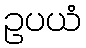
ဥပယံ